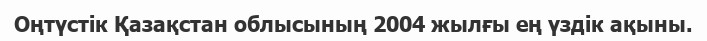
Оңтүстік Қазақстан облысының 2004 жылғы ең үздік ақыны.